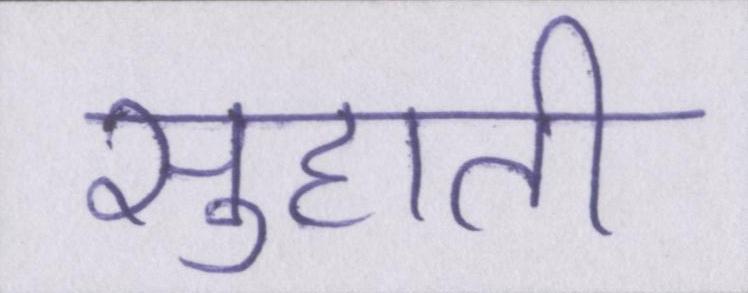
सुहाती